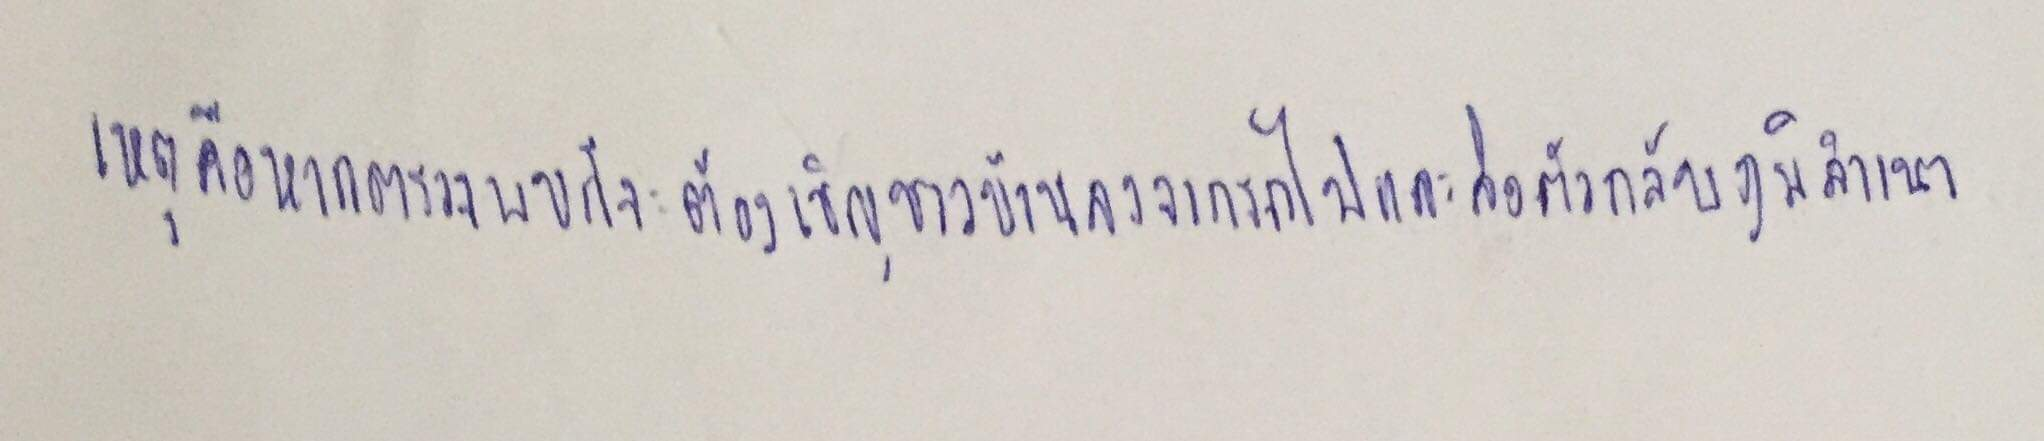
เหตุคือหากตรวจพบก็จะต้องเชิญชาวบ้านลงจากรถไฟและส่งตัวกลับภูมิลำเนา